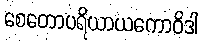
စေတောပရိယာယကောဝိဒါ